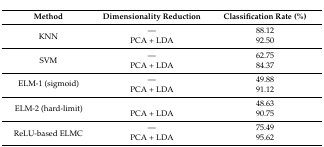
<table><thead><tr><td><b>Method</b></td><td><b>Dimensionality Reduction</b></td><td><b>Classification Rate (%)</b></td></tr></thead><tbody><tr><td rowspan="2">KNN</td><td>—</td><td>88.12</td></tr><tr><td>PCA + LDA</td><td>92.50</td></tr><tr><td rowspan="2">SVM</td><td>—</td><td>62.75</td></tr><tr><td>PCA + LDA</td><td>84.37</td></tr><tr><td rowspan="2">ELM-1 (sigmoid)</td><td>—</td><td>49.88</td></tr><tr><td>PCA + LDA</td><td>91.12</td></tr><tr><td rowspan="2">ELM-2 (hard-limit)</td><td></td><td>48.63</td></tr><tr><td>PCA + LDA</td><td>90.75</td></tr><tr><td rowspan="2">ReLU-based ELMC</td><td>—</td><td>75.49</td></tr><tr><td>PCA + LDA</td><td>95.62</td></tr></tbody></table>